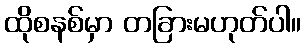
ထိုစနစ်မှာ တခြားမဟုတ်ပါ။